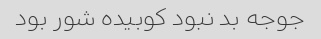
جوجه بد نبود کوبیده شور بود